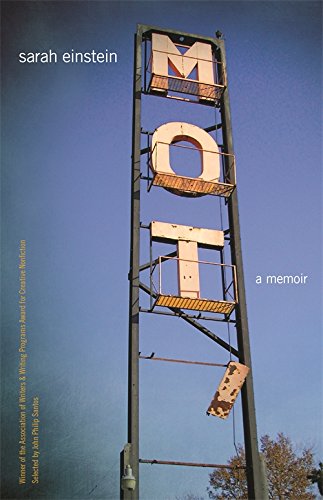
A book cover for Mot: A Memoir (Association of Writers and Writing Programs Award for Creative Nonfiction); Sarah Einstein; Self-Help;